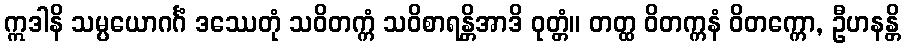
ဣဒါနိ သမ္ပယောဂင်္ဂံ ဒဿေတုံ သဝိတက္ကံ သဝိစာရန္တိအာဒိ ဝုတ္တံ။ တတ္ထ ဝိတက္ကနံ ဝိတက္ကော, ဦဟနန္တိ